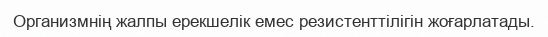
Организмнiң жалпы ерекшелiк емес резистенттiлiгiн жоғарлатады.